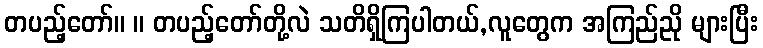
တပည့်တော်။ ။ တပည့်တော်တို့လဲ သတိရှိကြပါတယ်,လူတွေက အကြည်ညို များပြီး